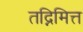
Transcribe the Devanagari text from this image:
तद्निमित्त